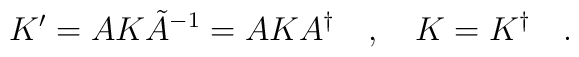
K' = A K \tilde{A}^{-1} = A K A^{\dagger} \quad , \quad K=K^{\dagger} \quad.